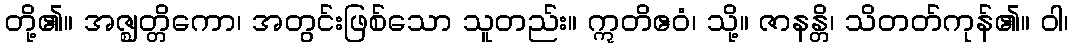
တို့၏။ အဇ္ဈတ္တိကော၊ အတွင်းဖြစ်သော သူတည်း။ ဣတိဧဝံ၊ သို့။ ဇာနန္တိ၊ သိတတ်ကုန်၏။ ဝါ၊